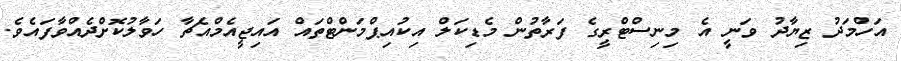
އަހްމަދު ޒިޔާދު ވަނީ އެ މިނިސްޓްރީގެ ފަރާތުން މެޑިކަލް އިކުއިޕްމަންޓްތައް އައިޖީއެމްއެޗާ ހަވާލުކޮށްދެއްވާފައެވެ.